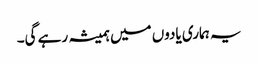
یہ ہماری یادوں میں ہمیشہ رہے گی۔